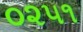
૦૨૫૧